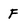
Character: F